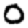
Digit: 0